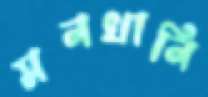
মনখানি